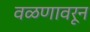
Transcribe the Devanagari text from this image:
वळणावरून